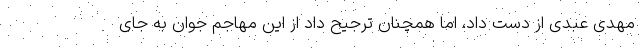
مهدی عبدی از دست داد، اما همچنان ترجیح داد از این مهاجم جوان به جای